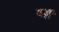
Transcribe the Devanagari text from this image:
बङ्ग